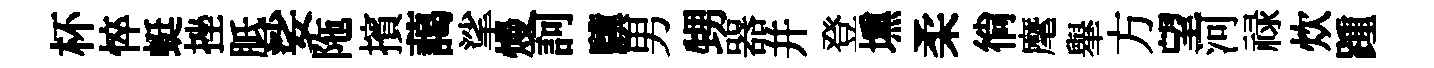
杯悴蜓挫胝娑陁擯藹挲熳訶驥男甥器并登壎柔徜麾𦦙方望河禄炊踵